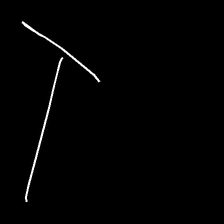
Glyph: column